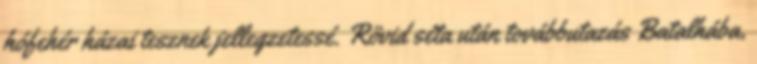
hófehér házai tesznek jellegzetessé. Rövid séta után továbbutazás Batalhába,